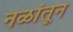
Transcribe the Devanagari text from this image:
नळांतून